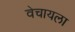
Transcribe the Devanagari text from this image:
वेचायला